Leaving Certificate Examination, 1903
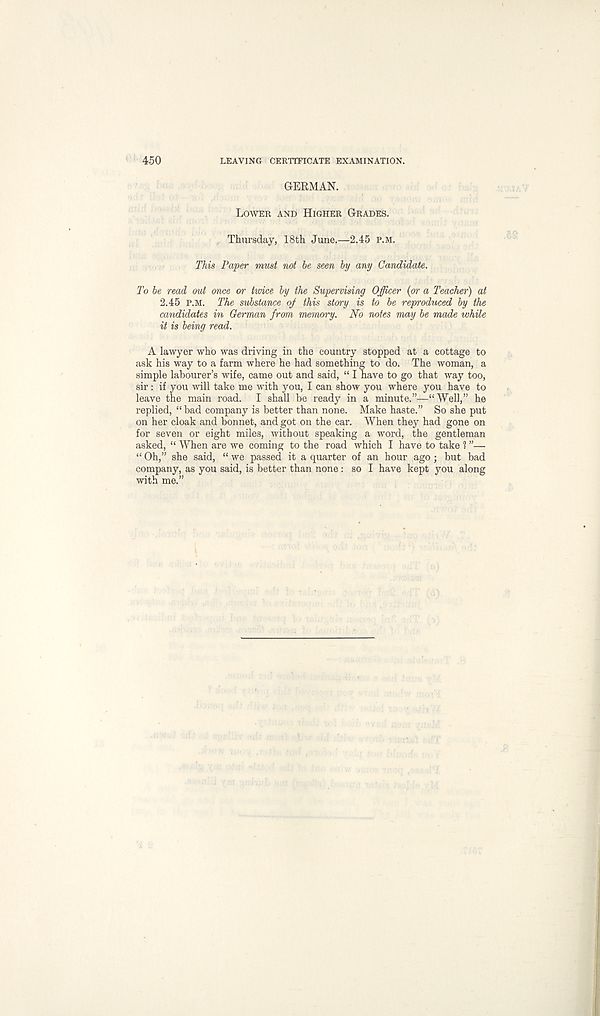
450
LEAVING CERTIFICATE EXAMINATION.
GERMAN.
Lower and Higher Grades.
Thursday, 18th June.—2.45 P.M.
This Paper must not be seen by any Candidate.
To be read out once or twice by the Supervising Officer (or a Teacher) at
2.45 P.M. The substance oj this story is to be reproduced by the
candidates in German from memory. No notes may be made while
it is being read.
A lawyer who was driving in the country stopped at a cottage to
ask his way to a farm where he had something to do, The woman, a
simple labourer’s wife, came out and said, “ I have to go that way too,
sir: if you will take me with you, I can show you where you have to
leave the main road. I shall be ready in a minute.”—“Well,” he
replied, “bad company is better than none. Make haste.” So she put
on her cloak and bonnet, and got on the car. When they had gone on
for seven or eight miles, without speaking a word, the gentleman
asked, “ When are we coming to the road which I have to take ? ”—
“ Oh,” she said, “ we passed it a quarter of an hour ago; but bad
company, as you said, is better than none : so I have kept you along
with me.”